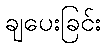
ချပေးခြင်း